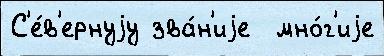
С'е́в'ернуjу зва́н'иjе  мно́г'иjе